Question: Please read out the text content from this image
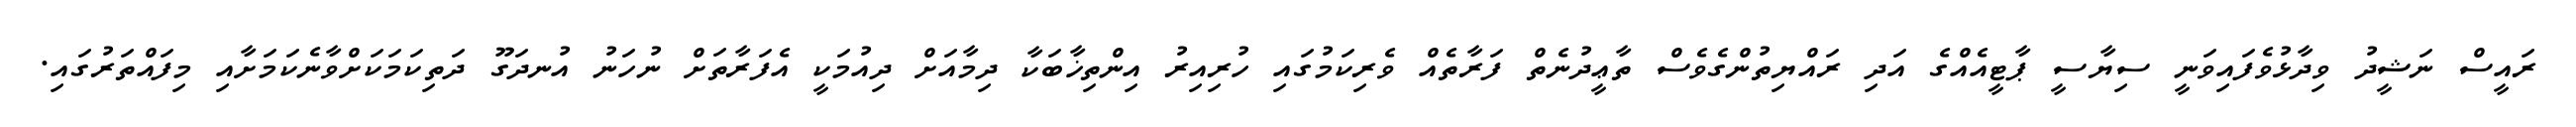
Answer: ރައީސް ނަޝީދު ވިދާޅުވެފައިވަނީ ސިޔާސީ ޕާޓީއެއްގެ އަދި ރައްޔިތުންގެވެސް ތާޢީދުނެތް ފަރާތެއް ވެރިކަމުގައި ހުރިއިރު އިންތިޚާބަކާ ދިމާއަށް ދިއުމަކީ އެފަރާތަށް ނުހަނު އުނދަގޫ ދަތިކަމަކަށްވާނެކަމަށާއި މިފައްތަރުގައި.